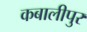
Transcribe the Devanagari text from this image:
कबालीपुर